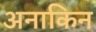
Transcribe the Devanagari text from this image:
अनाकिन